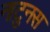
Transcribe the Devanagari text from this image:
नाटुनस